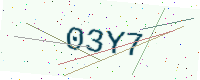
Text: 03Y7